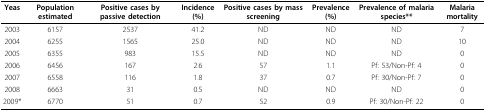
<table><thead><tr><td><b>Yeas</b></td><td><b>Population estimated</b></td><td><b>Positive cases by passive detection</b></td><td><b>Incidence (%)</b></td><td><b>Positive cases by mass screening</b></td><td><b>Prevalence (%)</b></td><td><b>Prevalence of malaria species**</b></td><td><b>Malaria mortality</b></td></tr></thead><tbody><tr><td>2003</td><td>6157</td><td>2537</td><td>41.2</td><td>ND</td><td>ND</td><td>ND</td><td>7</td></tr><tr><td>2004</td><td>6255</td><td>1565</td><td>25.0</td><td>ND</td><td>ND</td><td>ND</td><td>10</td></tr><tr><td>2005</td><td>6355</td><td>983</td><td>15.5</td><td>ND</td><td>ND</td><td>ND</td><td>0</td></tr><tr><td>2006</td><td>6456</td><td>167</td><td>2.6</td><td>57</td><td>1.1</td><td>Pf: 53/Non-Pf: 4</td><td>0</td></tr><tr><td>2007</td><td>6558</td><td>116</td><td>1.8</td><td>37</td><td>0.7</td><td>Pf: 30/Non-Pf: 7</td><td>0</td></tr><tr><td>2008</td><td>6663</td><td>31</td><td>0.5</td><td>ND</td><td>ND</td><td>ND</td><td>0</td></tr><tr><td>2009*</td><td>6770</td><td>51</td><td>0.7</td><td>52</td><td>0.9</td><td>Pf: 30/Non-Pf: 22</td><td>0</td></tr></tbody></table>